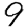
Digit: 9